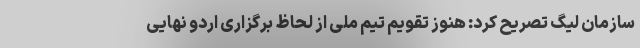
سازمان لیگ تصریح کرد: هنوز تقویم تیم ملی از لحاظ برگزاری اردو نهایی